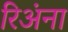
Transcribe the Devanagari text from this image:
रिअंना